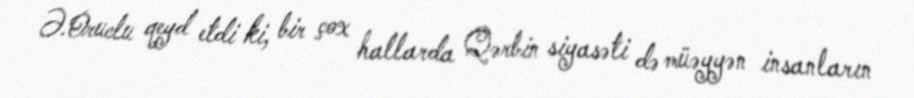
Ə.Oruclu qeyd etdi ki, bir çox hallarda Qərbin siyasəti də müəyyən insanların